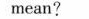
mean?